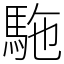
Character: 駞